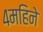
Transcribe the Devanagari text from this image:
४महिने